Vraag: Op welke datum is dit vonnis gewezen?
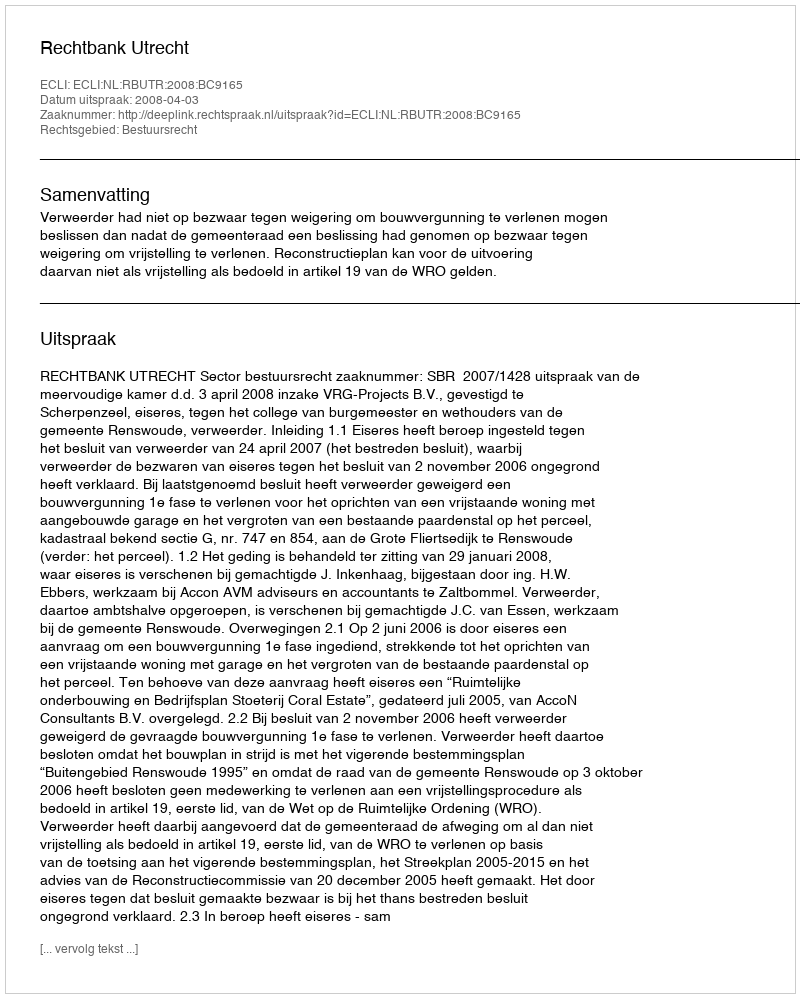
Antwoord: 2008-04-03